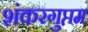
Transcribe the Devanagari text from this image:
शंकरगुप्तम